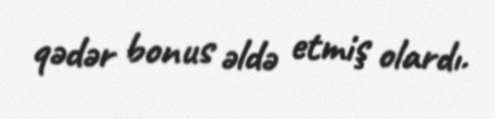
qədər bonus əldə etmiş olardı.